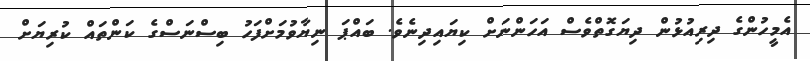
އެމީހުންގެ ދިރިއުޅުން ދިޔަގޮތްވެސް އަހަންނަށް ކިޔައިދިނެވެ. ބައްޕަ ނިޔާވުމަށްފަހު ބިސްނަސްގެ ކަންތައް ކުރިޔަށް